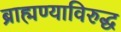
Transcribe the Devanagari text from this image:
ब्राह्मण्याविरुद्ध